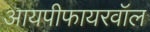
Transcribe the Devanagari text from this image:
आयपीफायरवॉल